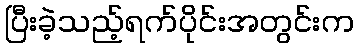
ပြီးခဲ့သည့်ရက်ပိုင်းအတွင်းက